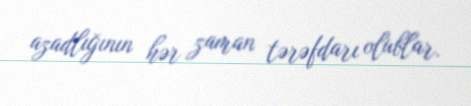
azadlığının hər zaman tərəfdarı olublar.